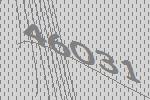
46031